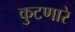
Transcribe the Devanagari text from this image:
कुटणारे